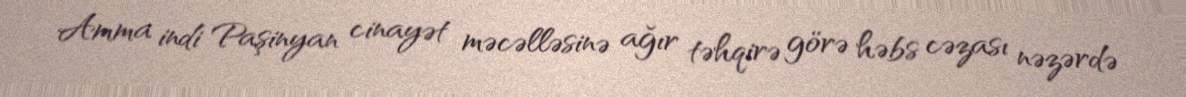
Amma indi Paşinyan cinayət məcəlləsinə ağır təhqirə görə həbs cəzası nəzərdə